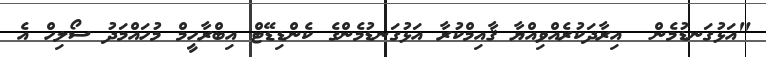
"އަޅުގަނޑުމެން  އިރާދަކުރެއްވިއްޔާ ޤާއިމްކުރާ އަޅުގަނޑުމެންގެ ކެންޑިޑޭޓް އިބްރާހީމް މުހައްމަދު ސޯލިހް އެ